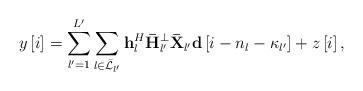
LaTeX: \begin{align*} y\left[ i \right] = \sum\limits_{l' = 1}^{L'} {\sum\limits_{l \in {{\bar {\cal L}}_{l'}}} {{\bf{h}}_l^H{\bf{\bar H}}_{l'}^ \bot {\bf{\bar X}}_{l'}{\bf{d}}\left[ {i - {n_l} - {\kappa _{l'}}} \right]} } + z\left[ i \right], \end{align*}